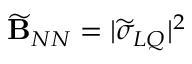
\widetilde { \bf B } _ { N N } = | \widetilde \sigma _ { L Q } | ^ { 2 }